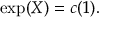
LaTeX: \exp ( X ) = c ( 1 ) .